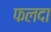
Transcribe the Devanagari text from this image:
फलदा